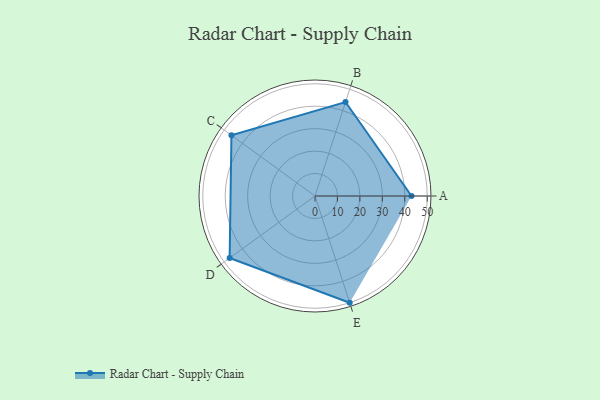
{"axis": {"x": "Skill", "y": "Score"}, "legend": ["Profile"], "data": [{"x": "A", "y": 43.0, "type": "Profile"}, {"x": "B", "y": 44.0, "type": "Profile"}, {"x": "C", "y": 46.0, "type": "Profile"}, {"x": "D", "y": 47.0, "type": "Profile"}, {"x": "E", "y": 50.0, "type": "Profile"}]}